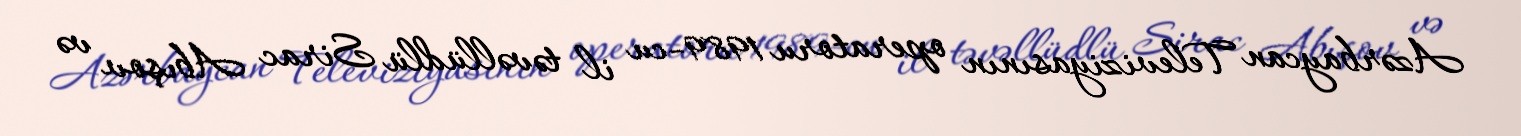
Azərbaycan Televiziyasının operatoru 1989-cu il təvəllüdlü Sirac Abışov və